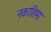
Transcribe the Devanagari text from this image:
नकाशिमा